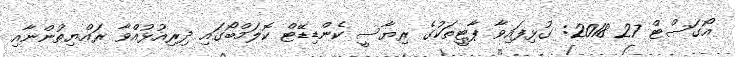
އޯގަސްޓް 27 2018: ގުޅިފައިވާ ޕާޓީތަކުގެ ރިޔާސީ ކެންޑިޑޭޓް ކޮލަމްބޯގައި ދިރިއުޅުއްވާ ރައްޔިތުންނާއި